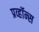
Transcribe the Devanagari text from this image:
प्रव्हॉन्स